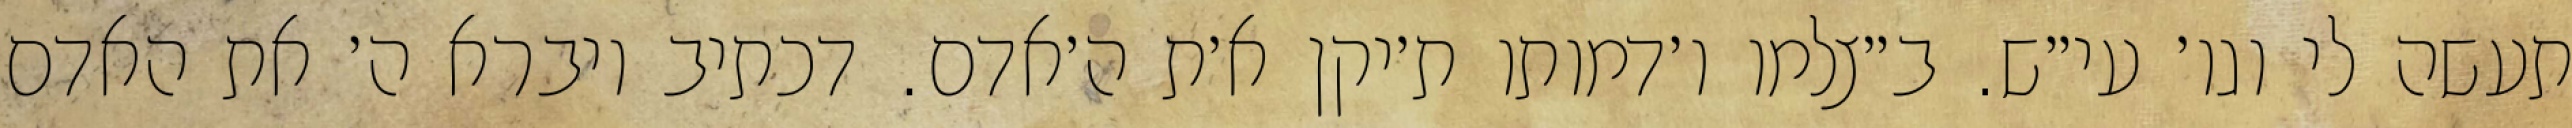
תעשה לי וגו׳ עי״ש. ב״צלמו ו׳דמותו ת׳יקן א׳ת ה׳אדם. דכתיב ויברא ה׳ את האדם